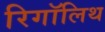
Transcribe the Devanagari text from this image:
रिगॉलिथ